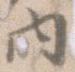
内